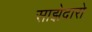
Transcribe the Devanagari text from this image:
साझेदारो